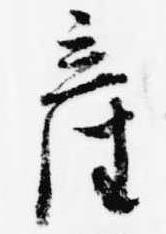
産